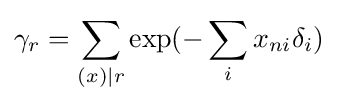
\gamma _{r}=\sum _{(x)\mid r}\exp(-\sum _{i}x_{ni}\delta _{i})